Leaving Certificate Examination (including Day School Certificate (Higher) General paper), 1936
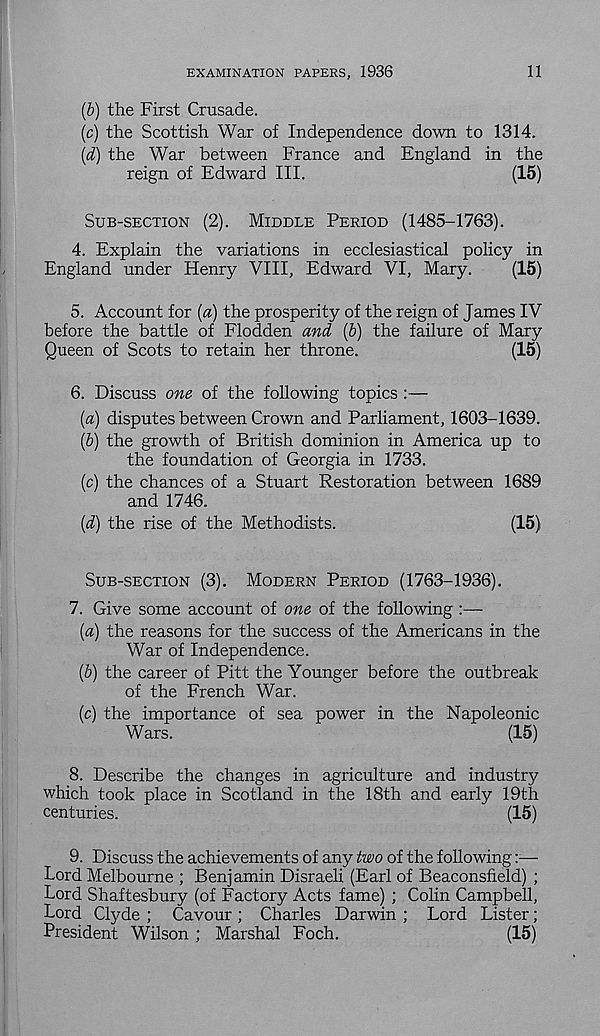
EXAMINATION PAPERS, 1936
11
(6) the First Crusade.
(c) the Scottish War of Independence down to 1314.
(d) the War between France and England in the
reign of Edward III.
(15)
SUB-SECTION (2). MIDDLE PERIOD (1485-1763).
4. Explain the variations in ecclesiastical policy in
England under Henry VIII, Edward VI, Mary.
(15)
5. Account for (a) the prosperity of the reign of James IV
before the battle of Flodden and (b) the failure of Mary
Queen of Scots to retain her throne.
(15)
6. Discuss one of the following topics :—
(a) disputes between Crown and Parliament, 1603-1639.
(b) the growth of British dominion in America up to
the foundation of Georgia in 1733.
(c) the chances of a Stuart Restoration between 1689
and 1746.
(d) the rise of the Methodists.
(15)
SUB-SECTION (3). MODERN PERIOD (1763-1936).
7. Give some account of one of the following :—
(a) the reasons for the success of the Americans in the
War of Independence.
(b) the career of Pitt the Younger before the outbreak
of the French War.
(c) the importance of sea power in the Napoleonic
Wars.
(15)
8. Describe the changes in agriculture and industry
which took place in Scotland in the 18th and early 19th
centuries.
(15)
9. Discuss the achievements of any two of the following:—
Lord Melbourne ; Benjamin Disraeli (Earl of Beaconsfield) ;
Lord Shaftesbury (of Factory Acts fame) ; Colin Campbell,
Lord Clyde ; Cavour ; Charles Darwin ; Lord Lister;
President Wilson ; Marshal Foch.
(15)